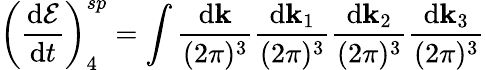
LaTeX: \left(\frac{\mathrm{d}{\cal E}}{\mathrm{d}t}\right)_{4}^{sp}=\int\frac{\mathrm{d}{\mathbf k}}{(2\pi)^{3}}\frac{\mathrm{d}{\mathbf k}_{1}}{(2\pi)^{3}}\frac{\mathrm{d}{\mathbf k}_{2}}{(2\pi)^{3}}\frac{\mathrm{d}{\mathbf k}_{3}}{(2\pi)^{3}}